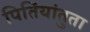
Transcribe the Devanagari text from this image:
पितिंयांतुता